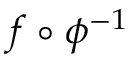
f \circ \phi ^ { - 1 }